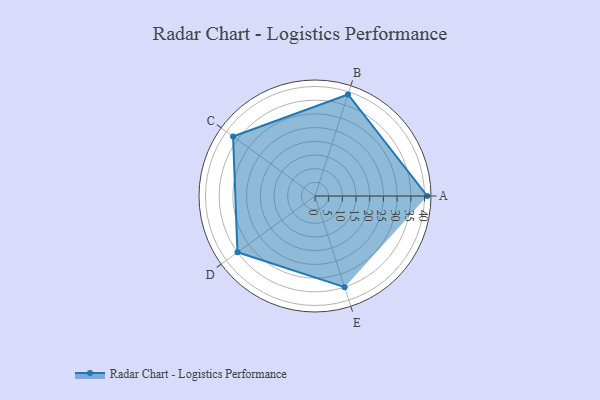
{"axis": {"x": "Skill", "y": "Score"}, "legend": ["Profile"], "data": [{"x": "A", "y": 41.0, "type": "Profile"}, {"x": "B", "y": 39.0, "type": "Profile"}, {"x": "C", "y": 37.0, "type": "Profile"}, {"x": "D", "y": 35.0, "type": "Profile"}, {"x": "E", "y": 35.0, "type": "Profile"}]}